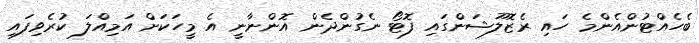
ބެހެއްޓުންއެންމެ ހައި ރެޒޮލޫޝަންގައި ފޮޓޯ ނެގުންދެން އޮންނާނީ އެ މީހަކަށް އަމިއްލަ ކުރެވިފައި